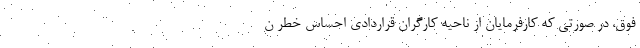
فوق، در صورتی که کارفرمایان از ناحیه کارگران قراردادی احساس خطر ن